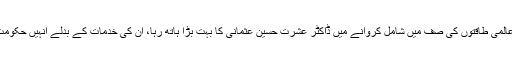
پاکستان کو ایٹمی قوت رکھنے والی عالمی طاقتوں کی صف میں شامل کروانے میں ڈاکٹر عشرت حسین عثمانی کا بہت بڑا ہاتھ رہا، ان کی خدمات کے بدلے انہیں حکومت پاکستان نے نشان امتیاز سے نوازا۔